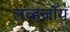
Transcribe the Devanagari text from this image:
लव्हजॉय